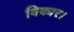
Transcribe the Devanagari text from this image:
विकार।